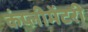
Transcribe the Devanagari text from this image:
कंप्लीमेंटरी